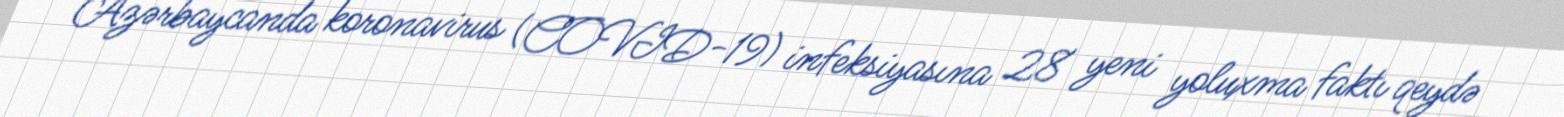
Azərbaycanda koronavirus (COVID-19) infeksiyasına 28 yeni yoluxma faktı qeydə